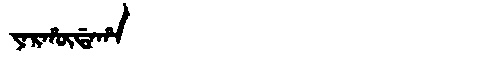
Manchu: ᠶᠠᡵᡥᡡᡩᠠᡥᠠ
Romanization: YARHŪDAHA